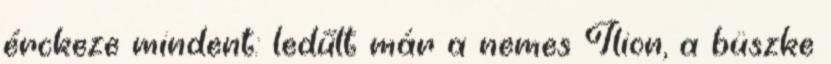
érckeze mindent: ledűlt már a nemes Ilion, a büszke